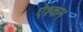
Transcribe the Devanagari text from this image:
ऐश्कम